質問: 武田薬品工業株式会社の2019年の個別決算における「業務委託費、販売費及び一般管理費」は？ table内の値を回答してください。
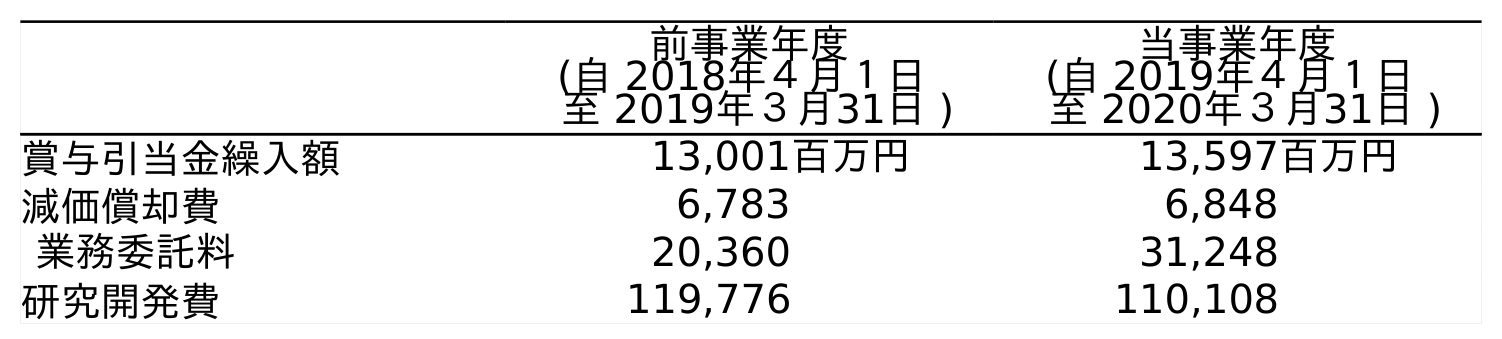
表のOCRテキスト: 前事業年度 (自 2018年４月１日 至 2019年３月31日 ) 当事業年度 (自 2019年４月１日 至 2020年３月31日 ) 賞与引当金繰入額 13,001百万円 13,597百万円 減価償却費 6,783 6,848 業務委託料 20,360 31,248 研究開発費 119,776 110,108
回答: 20,360